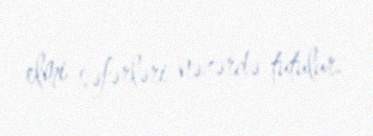
elmi səfərləri nəzərdə tutulur.